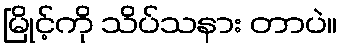
မြိုင့်ကို သိပ်သနား တာပဲ။